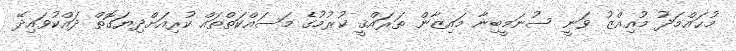
މުޙައްމަދު މުޢިއްޒު ވަނީ ސުނަމީބިނާ މައިޒާން ތަރައްޤީ ކުރުމުގެ މަސައްކަތްތައް ކުރިއަށްދިޔަގޮތް ދައްކުވައިދޭ